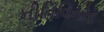
નીતિવિનોદ